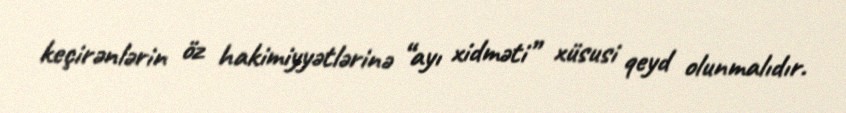
keçirənlərin öz hakimiyyətlərinə “ayı xidməti” xüsusi qeyd olunmalıdır.